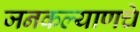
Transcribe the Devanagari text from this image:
जनकल्याणचे